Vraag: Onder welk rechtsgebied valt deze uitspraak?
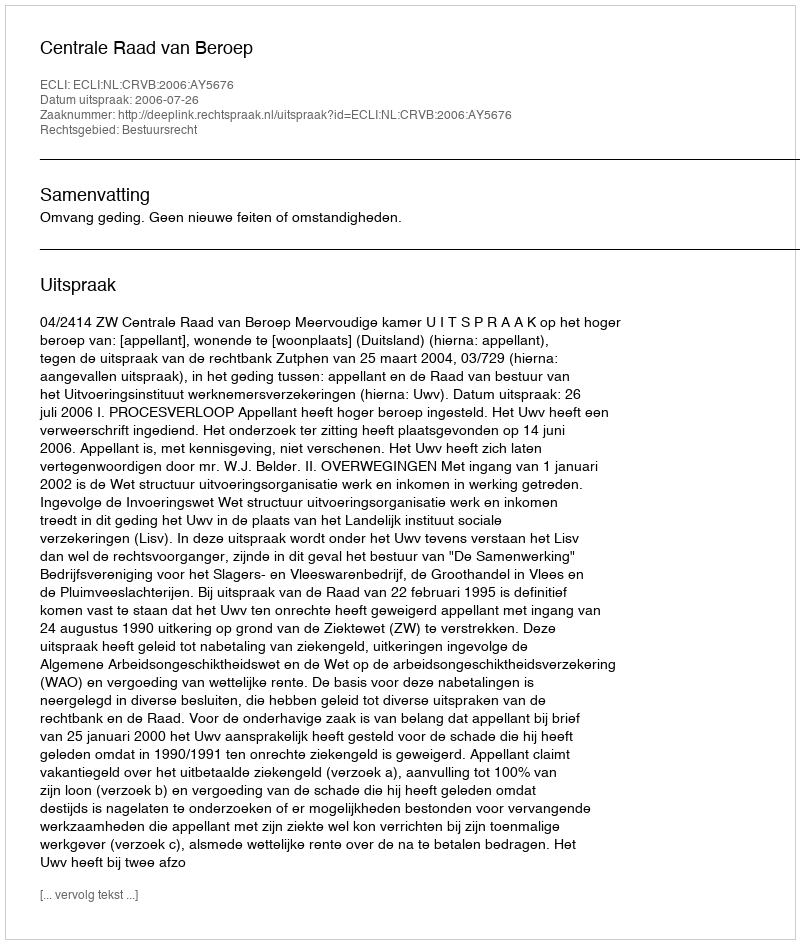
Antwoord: Bestuursrecht